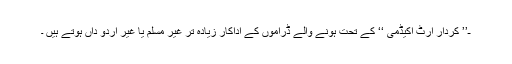
ـ’’ کردار آرٹ اکیڈمی ‘‘ کے تحت ہونے والے ڈراموں کے اداکار زیادہ تر غیر مسلم یا غیر اردو داں ہوتے ہیں ۔